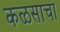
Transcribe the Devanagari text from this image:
कळसाचा